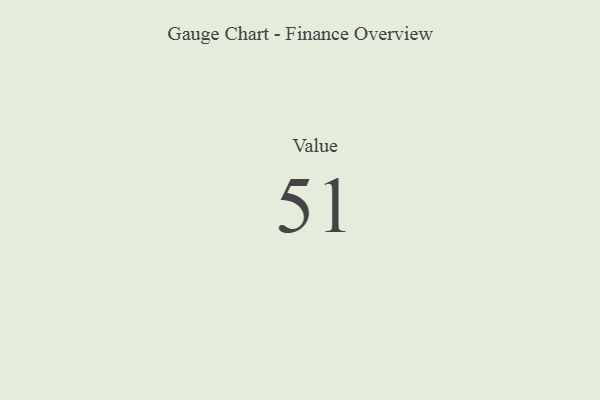
{"axis": {"x": "Metric", "y": "Value"}, "legend": [""], "data": [{"x": "Value", "y": 51, "type": ""}]}